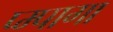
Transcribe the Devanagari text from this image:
प्म्पागा